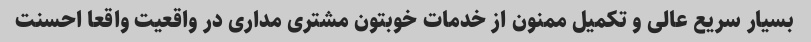
بسیار سریع عالی و تکمیل ممنون از خدمات خوبتون مشتری مداری در واقعیت واقعا احسنت